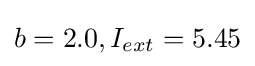
b=2.0,I_{ext}=5.45